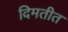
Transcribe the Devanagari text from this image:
दिमतीत